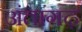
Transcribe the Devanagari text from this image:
अंतागढ़